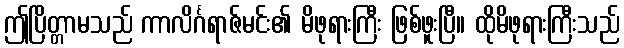
ဤပြိတ္တာမသည် ကာလိင်္ဂရာဇ်မင်း၏ မိဖုရားကြီး ဖြစ်ဖူးပြီ။ ထိုမိဖုရားကြီးသည်